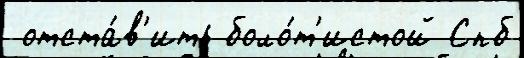
 отста́в'ить боло́т'истой Спб